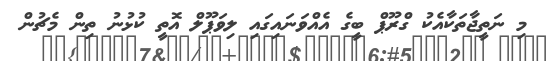
މި ނަތީޖާތަކާއެކު ގްރޫޕް ބީގެ އެއްވަނައިގައި ލިވަޕޫލް އޮތީ ކުޅުނު ތިން މެޗުން